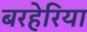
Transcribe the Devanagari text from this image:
बरहेरिया